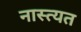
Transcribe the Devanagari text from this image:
नास्त्यत